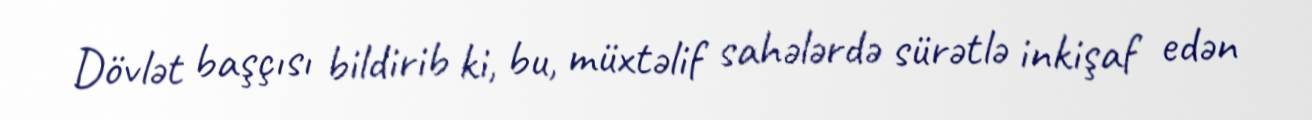
Dövlət başçısı bildirib ki, bu, müxtəlif sahələrdə sürətlə inkişaf edən